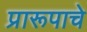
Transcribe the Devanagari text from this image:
प्रारूपाचे